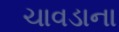
ચાવડાના